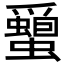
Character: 𮕎